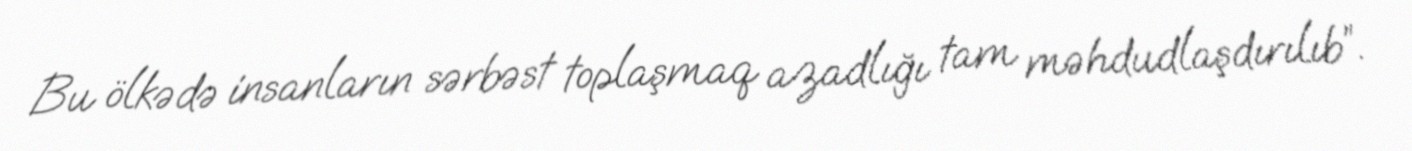
Bu ölkədə insanların sərbəst toplaşmaq azadlığı tam məhdudlaşdırılıb”.